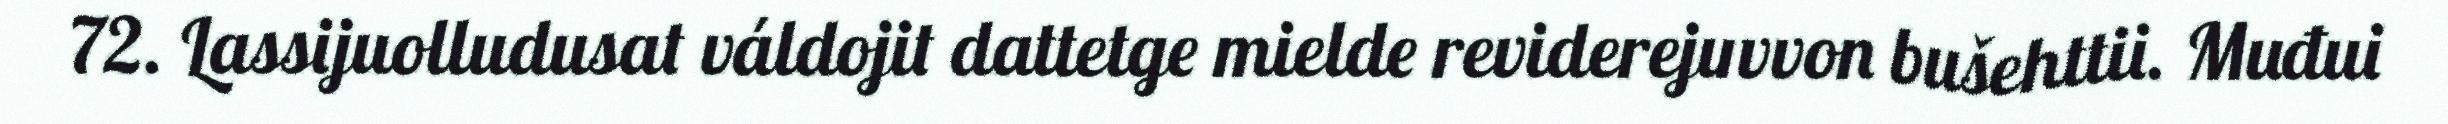
72. Lassijuolludusat váldojit dattetge mielde reviderejuvvon bušehttii. Muđui